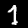
Digit: 7